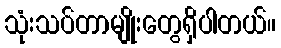
သုံးသပ်တာမျိုးတွေရှိပါတယ်။